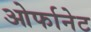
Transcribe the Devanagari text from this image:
ओर्फानेट